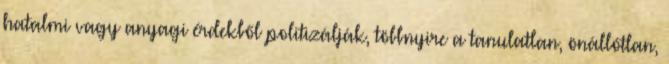
hatalmi vagy anyagi érdekből politizálják, többnyire a tanulatlan, önállótlan,